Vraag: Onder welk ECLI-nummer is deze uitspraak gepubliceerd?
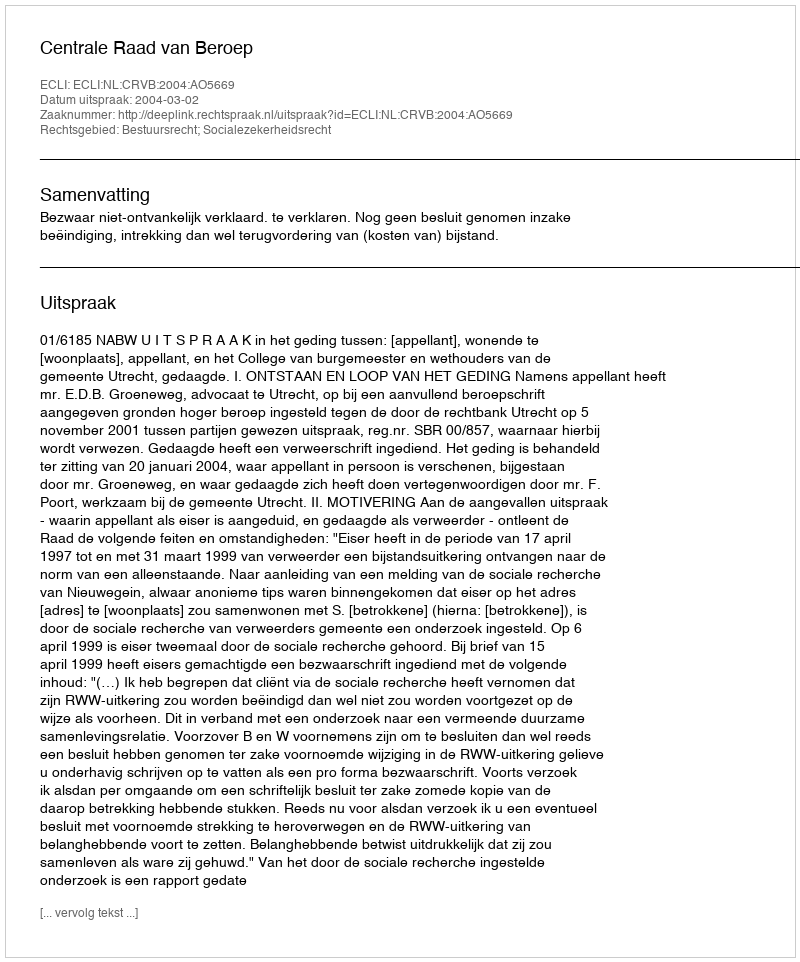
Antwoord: ECLI:NL:CRVB:2004:AO5669